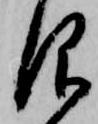
仰